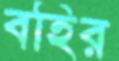
বহির